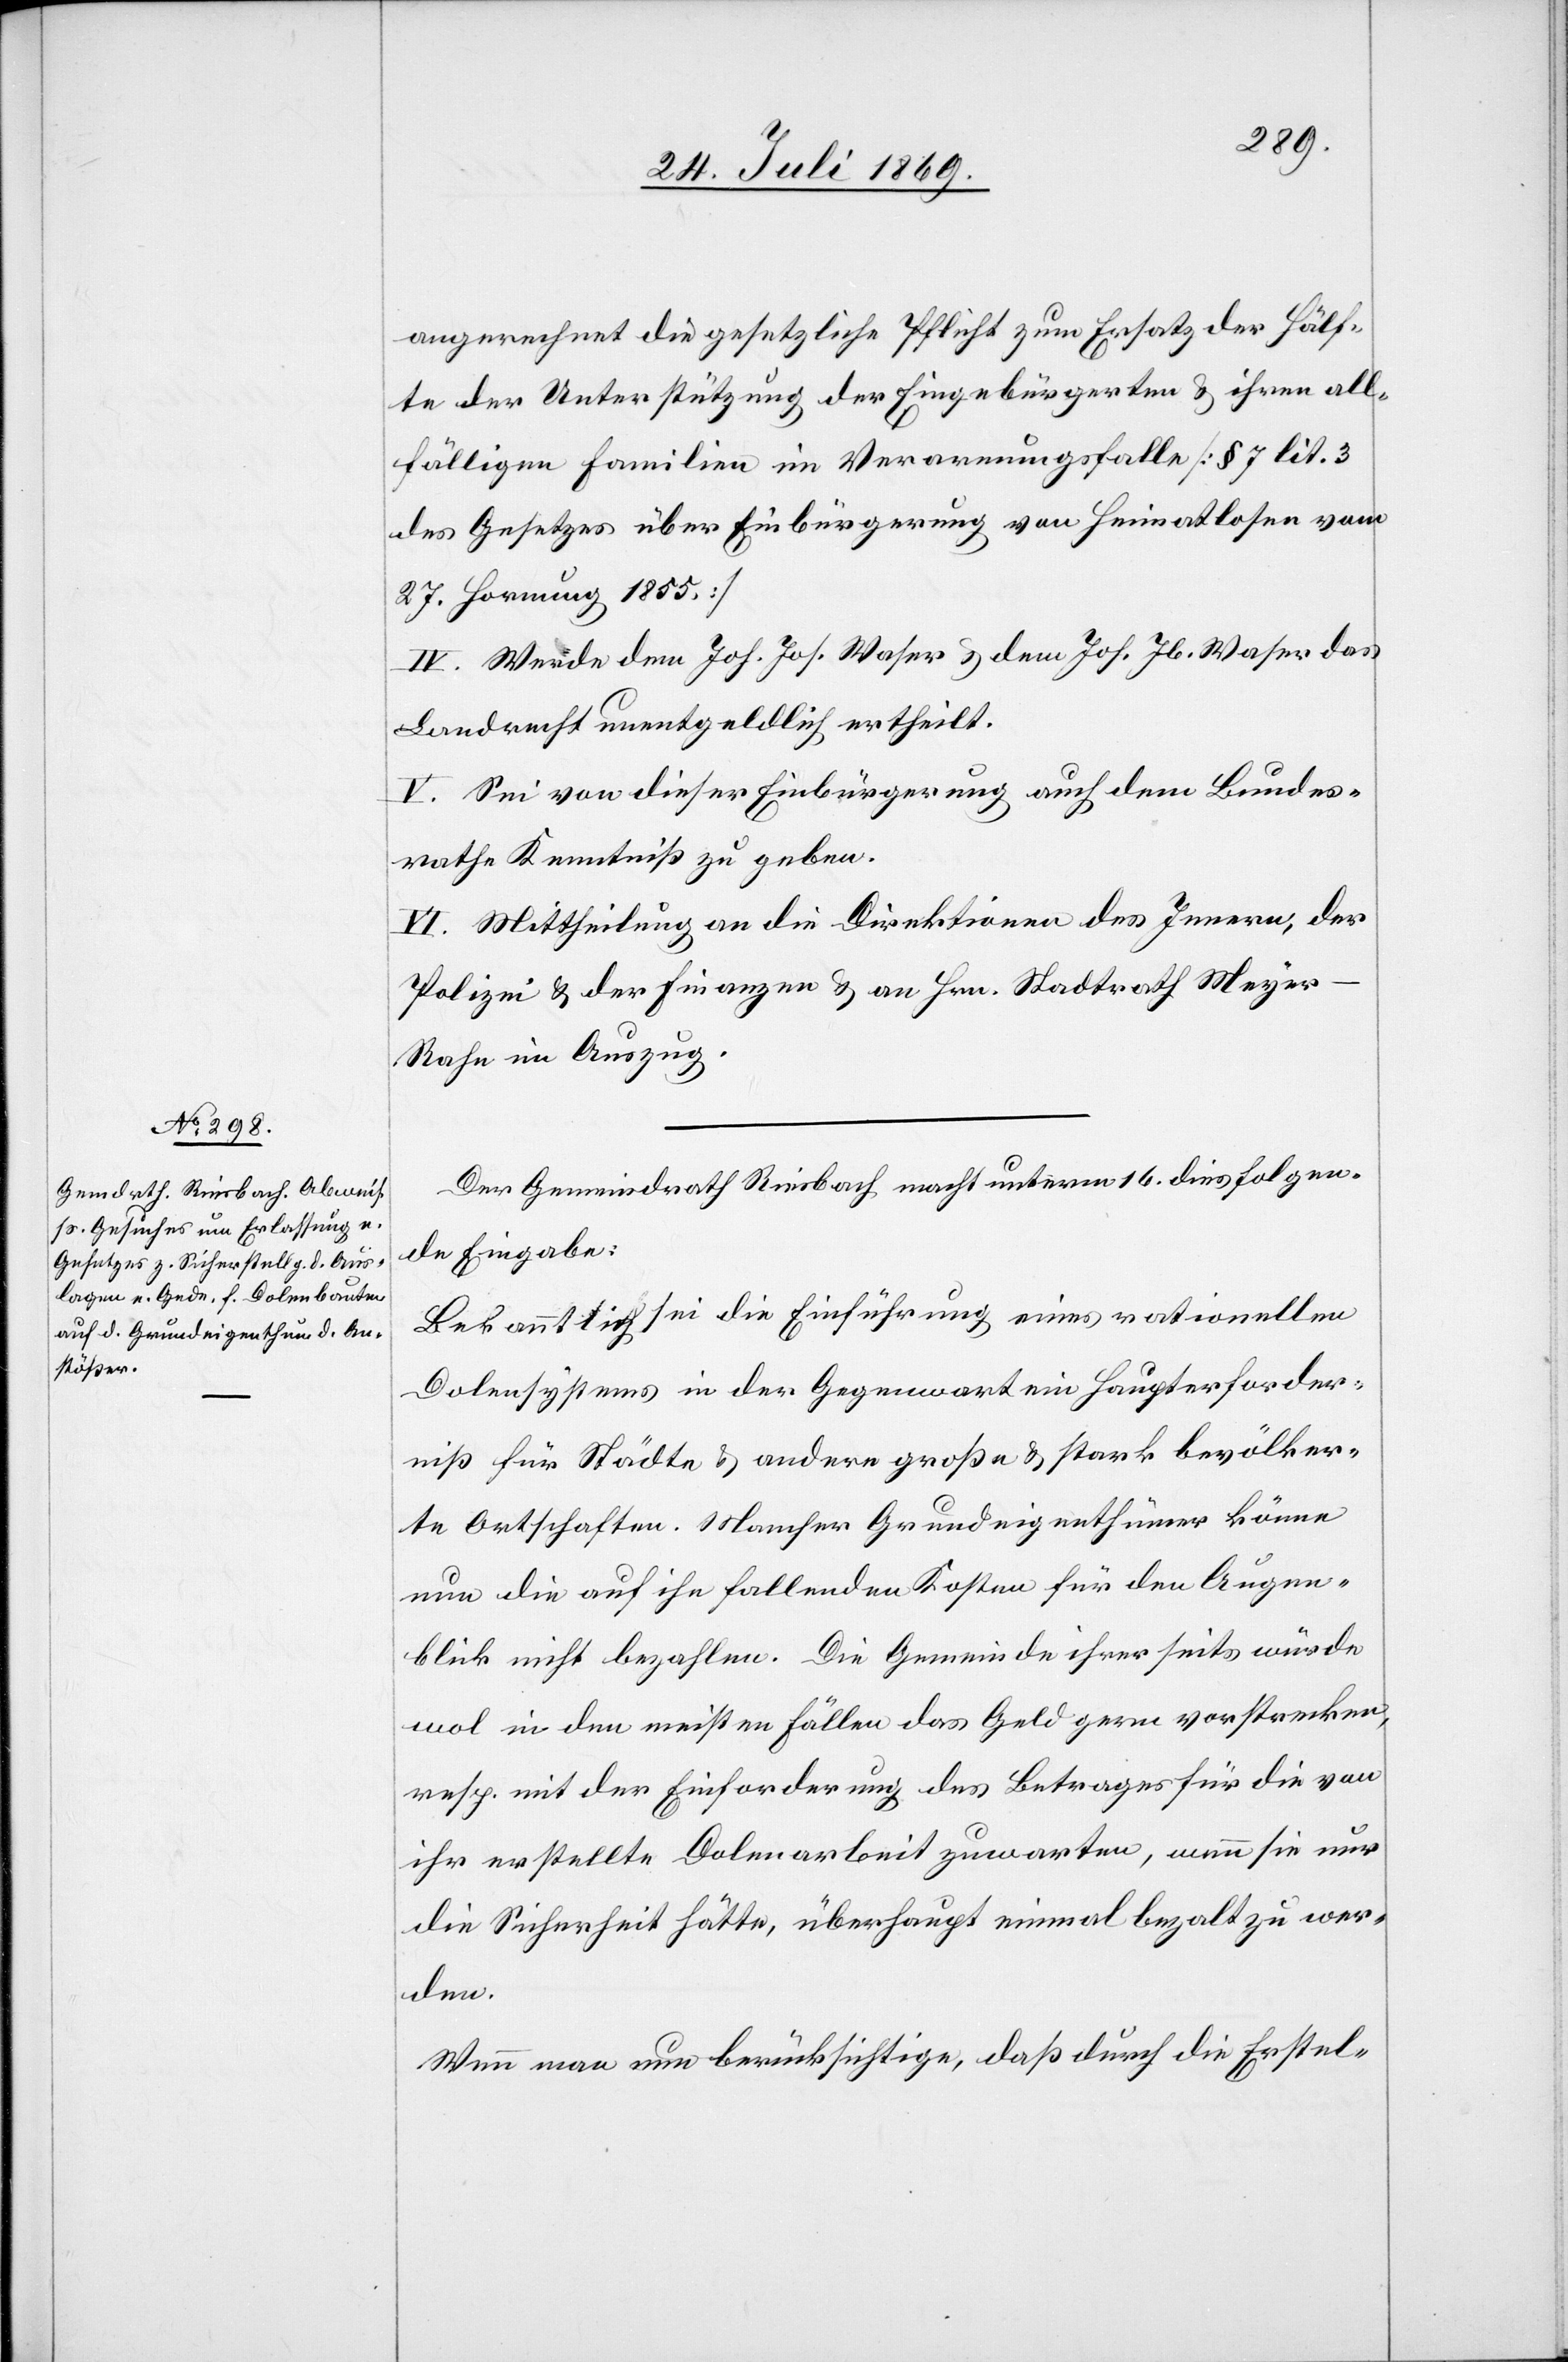
Der Gemeindrath Riesbach macht unterm 16 dies folgen¬
de Eingabe:
Bekanntlich sei die Einführung eines rationellen
Dolensystems in der Gegenwart ein Haupterforder¬
niß für Städte u. andere große u. stark bevölker¬
te Ortschaften. Mancher Grundeigenthümer könne
nun die auf ihn fallenden Kosten für den Augen¬
blick nicht bezahlen. Die Gemeinde ihrerseits würde
wol in den meisten Fällen das Geld gern vorstrecken,
resp. mit der Einforderung des Betrages für die von
ihr erstellte Dolenarbeit zuwarten, wenn sie nur
die Sicherheit hätte, überhaupt einmal bezalt zu wer¬
den.
Wenn man berücksichtige, daß durch die Erstel-